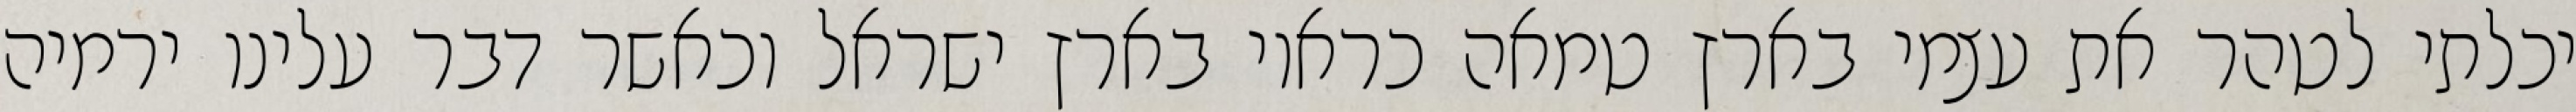
יכלתי לטהר את עצמי בארץ טמאה כראוי בארץ ישראל וכאשר דבר עלינו ירמיה